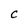
Character: C